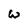
Character: W